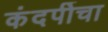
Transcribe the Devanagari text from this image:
कंदर्पीचा